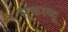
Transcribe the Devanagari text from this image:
सुकाळू